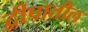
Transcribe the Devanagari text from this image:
द्वीपातील